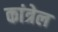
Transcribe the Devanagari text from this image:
कांत्रेल